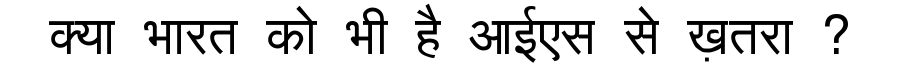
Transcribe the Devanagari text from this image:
क्या भारत को भी है आईएस से ख़तरा ?